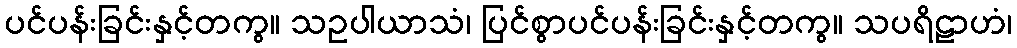
ပင်ပန်းခြင်းနှင့်တကွ။ သဥပါယာသံ၊ ပြင်စွာပင်ပန်းခြင်းနှင့်တကွ။ သပရိဠာဟံ၊